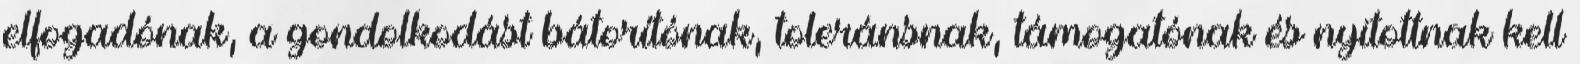
elfogadónak, a gondolkodást bátorítónak, toleránsnak, támogatónak és nyitottnak kell